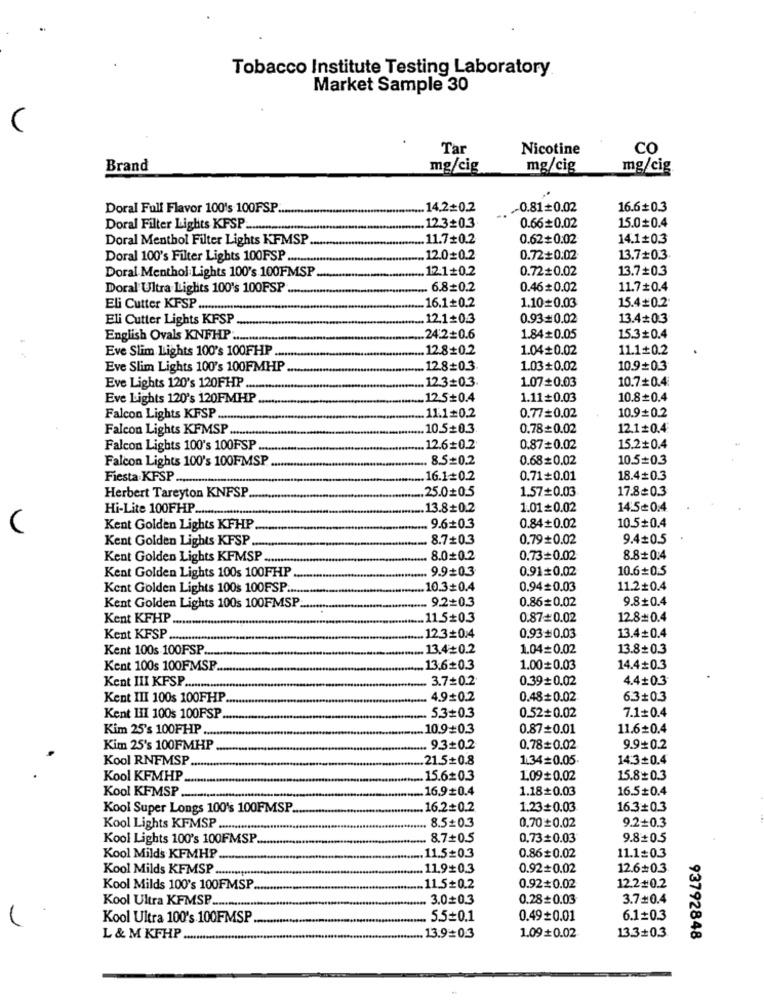
Tobacco Institute Testing Laboratory
Market Sample 30
V
Tar
Nicotine
co
Brand
mg/cig
mg/cig
mg/cig
Doral Full Flavor 100's 100FSP.
.. 14.2=0.2
0.81+0.02
16.6+0.3
Doral Filter Lights KFSP.
.. 12.3+0.3
0.66+0.02
15.00.4
Doral Menthol Filter Lights KFMSP
.. 11.7+0.2
0.62+0.02
14.1#0.3
Doral 100's Filter Lights 100FSP
12.0=0.2
0.72+0:02
13.7=0.3
Doral Menthol Lights 100's 100FMSP
..... 12.1+0.2
0.72+0.02
13.7+0.3
Doral Ultra Lights 100's 100FSP
.... 6.80.2
0.46# 0.02
11.7#0.4
.... 16.1+0.2
15.4=0.2.
Eli Cutter KPSP ...........
1.10=0.03
Eli Cutter Lights KFSP
..... 12.1= 0.3
0.93=0.02
13.4*0.3
English Ovals KNFHP .
.. 24:2=0.6
1.84=0.05
15.3+0.4
Eve Slim Lights 100's 100FHP ....
12.8+0.2
1.04+0.02
11.1+0.2
Eve Slim Lights 100's 100FMHP ...
12.8+0.3.
1.03+0.02
10.9+0.3
12.3=0.3
1.07+0.03
10.7+0.4:
Eve Lights 120's 120FHP ..
Eve Lights 120's 120FMHP
12.5+0.4
1.11=0.03
10.8=0.4
Falcon Lights KFSP .....
... 11.1=0.2
0.77=0.02
10.9=0.2
Falcon Lights KFMSP ...
10.5+0.3
0.78+0.02
12.1#0.4
Falcon Lights 100's 100FSP ....
12.6=0.2
0.87=0.02
15.2+0.4
Falcon Lights 100's 100FMSP.
8.5#0.2
0.68= 0.02
10.5=0.3
Fiesta KFSP ...............
16.1=0.2
0.71+0.01
18.4#0.3
25.00.5
1.57+0.03
17.8=0.3
Herbert Tareyton KNFSP
Hi-Lite 100FHP ........
13.8+0.2
1.01=0.02
14.50.4
Kent Golden Lights KFHP
9.6+0.3
0.84+0.02
10.5+0.4
Kent Golden Lights KFSP
8.7+0.3
0.79+0.02
9.4+0.5
Kent Golden Lights KFMSP .........
8.0+0.2
0.73+0.02
8.8+0:4
Kent Golden Lights 100$ 100FHP
9.9+03
0.91 0.02
10.6+0.5
Kent Golden Lights 100s 100FSP ...
10.3+0.4
0.94= 0.03
11.2+0.4
9.2+0.3
0.86=0.02
9.8+0.4
Kent Golden Lights 100s 100FMSP.
Kent KFHP.
.. 11.5+0.3
0.87+0.02
12.8=0.4
13.4+0.4
Kent KFSP
.. 12.3+0.4
0.93#0.03
Kent 100s 100FSP ..
13.4=0.2
1.04=0.02
13.8+0.3
Kent 100s 100FMSP
13.6+0.3
1.00= 0.03
14.4+0.3
Kent III KFSP.
3.7+0.2
0.39+0.02
4.4+0.3
Kent III 100$ 100FHP
4.9+0.2
0.48+ 0.02
6.3+0.3
5.3=0.3
0.52+0.02
7.1+0.4
Kent HII 100$ 100FSP
Kim 25's 100FHP ....
10.9+0.3
0.87=0.01
11.6+0.4
Kim 25's 100FMHP
9.3+0.2
0.78=0.02
9.9+0.2
Kool RNFMSP.
.21.5+0.8
1.34=0.05.
14:3+0.4
Kool KFMHP
.15.60.3
1.09+0.02
15.80.3
Kool KFMSP .
.16.9#0.4
1.18+0.03
16.5#0.4
Kool Super Longs 100's 100FMSP.
.16.2=0.2
1.23+0.03
16.3+0.3
9.2+0.3
Kool Lights KFMSP ........
8.5+0.3
0.70+0.02
Kool Lights 100's 100FMSP
8.7+0.5
0.73+0.03
9.8+0.5
11.5=0.3
11.1=0.3
Kool Mild's KFMHP
0.86#0.02
Kool Milds KFMSP ..........
11.9+0.3
0.92+0.02
12.6+0.3
Kool Milds 100's 100FMSP.
11.5+0.2
0.92+ 0.02
12.2+0.2
Kool Ultra KFMSP
3.00.3
0.28=0.03
3.7=0.4
Kool Ultra 100's 100FMSP
5.5=0.1
0.49+0.01
6.1=0.3
13.3+0.3
L & M KFHP .
.. 13.9=0.3
1.09+0.02.
93792848